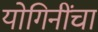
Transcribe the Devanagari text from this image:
योगिनींचा